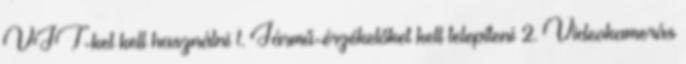
VJT-ket kell használni 1. Jármű-érzékelőket kell telepíteni 2. Videokamerás